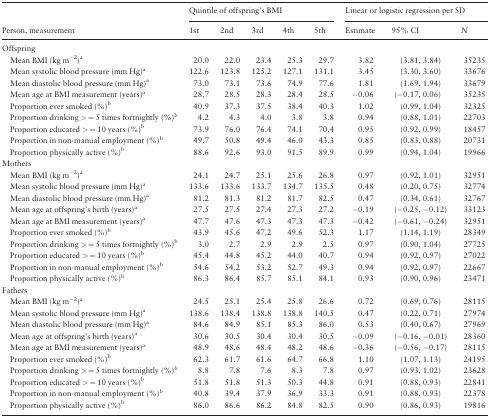
<table><thead><tr><td>[EMPTY_CELL]</td><td colspan="5"><b>Quintile of offspring’s BMI</b></td><td colspan="3"><b>Linear or logistic regression per SD</b></td></tr><tr><td><b>Person, measurement</b></td><td><b>1st</b></td><td><b>2nd</b></td><td><b>3rd</b></td><td><b>4th</b></td><td><b>5th</b></td><td><b>Estimate</b></td><td><b>95% CI</b></td><td><b><i>N</i></b></td></tr></thead><tbody><tr><td colspan="9">Offspring</td></tr><tr><td> Mean BMI (kg m<sup>−2</sup>)<sup>a</sup></td><td>20.0</td><td>22.0</td><td>23.4</td><td>25.3</td><td>29.7</td><td>3.82</td><td>(3.81, 3.84)</td><td>35235</td></tr><tr><td> Mean systolic blood pressure (mm Hg)<sup>a</sup></td><td>122.6</td><td>123.8</td><td>125.2</td><td>127.1</td><td>131.1</td><td>3.45</td><td>(3.30, 3.60)</td><td>33676</td></tr><tr><td> Mean diastolic blood pressure (mm Hg)<sup>a</sup></td><td>73.0</td><td>73.1</td><td>73.6</td><td>74.9</td><td>77.6</td><td>1.81</td><td>(1.69, 1.94)</td><td>33679</td></tr><tr><td> Mean age at BMI measurement (years)<sup>a</sup></td><td>28.7</td><td>28.5</td><td>28.3</td><td>28.4</td><td>28.5</td><td>−0.06</td><td>(−0.17, 0.06)</td><td>35235</td></tr><tr><td> Proportion ever smoked (%)<sup>b</sup></td><td>40.9</td><td>37.3</td><td>37.5</td><td>38.4</td><td>40.3</td><td>1.02</td><td>(0.99, 1.04)</td><td>32325</td></tr><tr><td> Proportion drinking &gt; = 5 times fortnightly (%)<sup>b</sup></td><td>4.2</td><td>4.3</td><td>4.0</td><td>3.8</td><td>3.8</td><td>0.94</td><td>(0.88, 1.01)</td><td>22703</td></tr><tr><td> Proportion educated &gt; = 10 years (%)<sup>b</sup></td><td>73.9</td><td>76.0</td><td>76.4</td><td>74.1</td><td>70.4</td><td>0.95</td><td>(0.92, 0.99)</td><td>18457</td></tr><tr><td> Proportion in non-manual employment (%)<sup>b</sup></td><td>49.7</td><td>50.8</td><td>49.4</td><td>46.0</td><td>43.3</td><td>0.85</td><td>(0.83, 0.88)</td><td>20731</td></tr><tr><td> Proportion physically active (%)<sup>b</sup></td><td>88.6</td><td>92.6</td><td>93.0</td><td>91.5</td><td>89.9</td><td>0.99</td><td>(0.94, 1.04)</td><td>19966</td></tr><tr><td colspan="9">Mothers</td></tr><tr><td> Mean BMI (kg m<sup>−2</sup>)<sup>a</sup></td><td>24.1</td><td>24.7</td><td>25.1</td><td>25.6</td><td>26.8</td><td>0.97</td><td>(0.92, 1.01)</td><td>32951</td></tr><tr><td> Mean systolic blood pressure (mm Hg)<sup>a</sup></td><td>133.6</td><td>133.6</td><td>133.7</td><td>134.7</td><td>135.5</td><td>0.48</td><td>(0.20, 0.75)</td><td>32774</td></tr><tr><td> Mean diastolic blood pressure (mm Hg)<sup>a</sup></td><td>81.2</td><td>81.3</td><td>81.2</td><td>81.7</td><td>82.5</td><td>0.47</td><td>(0.34, 0.61)</td><td>32767</td></tr><tr><td> Mean age at offspring’s birth (years)<sup>a</sup></td><td>27.5</td><td>27.5</td><td>27.4</td><td>27.3</td><td>27.2</td><td>−0.19</td><td>(−0.25, −0.12)</td><td>33123</td></tr><tr><td> Mean age at BMI measurement (years)<sup>a</sup></td><td>47.7</td><td>47.6</td><td>47.3</td><td>47.3</td><td>47.3</td><td>−0.42</td><td>(−0.61, −0.24)</td><td>32951</td></tr><tr><td> Proportion ever smoked (%)<sup>b</sup></td><td>43.9</td><td>45.6</td><td>47.2</td><td>49.6</td><td>52.3</td><td>1.17</td><td>(1.14, 1.19)</td><td>28349</td></tr><tr><td> Proportion drinking &gt; = 5 times fortnightly (%)<sup>b</sup></td><td>3.0</td><td>2.7</td><td>2.9</td><td>2.9</td><td>2.5</td><td>0.97</td><td>(0.90, 1.04)</td><td>27725</td></tr><tr><td> Proportion educated &gt; = 10 years (%)<sup>b</sup></td><td>45.4</td><td>44.8</td><td>45.2</td><td>44.0</td><td>40.7</td><td>0.94</td><td>(0.92, 0.97)</td><td>27022</td></tr><tr><td> Proportion in non-manual employment (%)<sup>b</sup></td><td>54.6</td><td>54.2</td><td>53.2</td><td>52.7</td><td>49.3</td><td>0.94</td><td>(0.92, 0.97)</td><td>22667</td></tr><tr><td> Proportion physically active (%)<sup>b</sup></td><td>86.3</td><td>86.4</td><td>85.7</td><td>85.1</td><td>84.1</td><td>0.93</td><td>(0.90, 0.96)</td><td>23471</td></tr><tr><td colspan="9">Fathers</td></tr><tr><td> Mean BMI (kg m<sup>−2</sup>)<sup>a</sup></td><td>24.5</td><td>25.1</td><td>25.4</td><td>25.8</td><td>26.6</td><td>0.72</td><td>(0.69, 0.76)</td><td>28115</td></tr><tr><td> Mean systolic blood pressure (mm Hg)<sup>a</sup></td><td>138.6</td><td>138.4</td><td>138.8</td><td>138.8</td><td>140.5</td><td>0.47</td><td>(0.22, 0.71)</td><td>27974</td></tr><tr><td> Mean diastolic blood pressure (mm Hg)<sup>a</sup></td><td>84.6</td><td>84.9</td><td>85.1</td><td>85.3</td><td>86.0</td><td>0.53</td><td>(0.40, 0.67)</td><td>27969</td></tr><tr><td> Mean age at offspring’s birth (years)<sup>a</sup></td><td>30.6</td><td>30.5</td><td>30.4</td><td>30.4</td><td>30.5</td><td>−0.09</td><td>(−0.16, −0.01)</td><td>28360</td></tr><tr><td> Mean age at BMI measurement (years)<sup>a</sup></td><td>48.9</td><td>48.6</td><td>48.4</td><td>48.2</td><td>48.6</td><td>−0.36</td><td>(−0.56, −0.17)</td><td>28115</td></tr><tr><td> Proportion ever smoked (%)<sup>b</sup></td><td>62.3</td><td>61.7</td><td>61.6</td><td>64.7</td><td>66.8</td><td>1.10</td><td>(1.07, 1.13)</td><td>24195</td></tr><tr><td> Proportion drinking &gt; = 5 times fortnightly (%)<sup>b</sup></td><td>8.8</td><td>7.8</td><td>7.6</td><td>8.3</td><td>7.8</td><td>0.97</td><td>(0.93, 1.02)</td><td>23628</td></tr><tr><td> Proportion educated &gt; = 10 years (%)<sup>b</sup></td><td>51.8</td><td>51.8</td><td>51.3</td><td>50.3</td><td>44.8</td><td>0.91</td><td>(0.88, 0.93)</td><td>22841</td></tr><tr><td> Proportion in non-manual employment (%)<sup>b</sup></td><td>40.8</td><td>39.4</td><td>37.9</td><td>36.9</td><td>33.3</td><td>0.91</td><td>(0.88, 0.93)</td><td>22378</td></tr><tr><td> Proportion physically active (%)<sup>b</sup></td><td>86.0</td><td>86.6</td><td>86.2</td><td>84.8</td><td>82.5</td><td>0.90</td><td>(0.86, 0.93)</td><td>19816</td></tr></tbody></table>